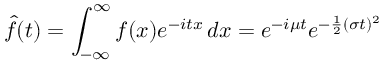
{ \hat { f } } ( t ) = \int _ { - \infty } ^ { \infty } f ( x ) e ^ { - i t x } \, d x = e ^ { - i \mu t } e ^ { - { \frac { 1 } { 2 } } ( \sigma t ) ^ { 2 } }